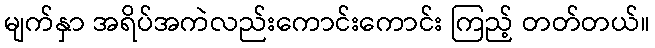
မျက်နှာ အရိပ်အကဲလည်းကောင်းကောင်း ကြည့် တတ်တယ်။